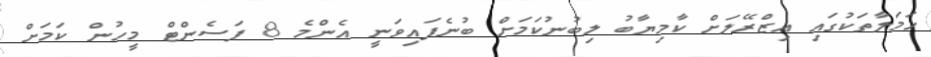
ހަމަލާތަކުގައި އިޒްރޭލަށް ކާމިޔާބު ލިބުނުކަމަށް ބުނެފައިވަނީ އެންމެ 8 ޕަސެންޓް މީހުން ކަމަށް